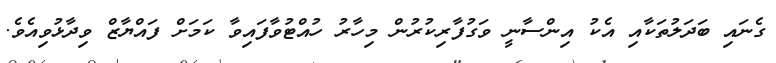
ގެނައި ބަދަލުތަކާއި އެކު އިންސާނީ ވަގުފާރިކުރުން މިހާރު ހުއްޓުވާފައިވާ ކަމަށް ފައްޔާޒް ވިދާޅުވިއެވެ.